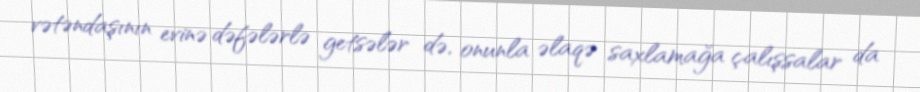
vətəndaşının evinə dəfələrlə getsələr də, onunla əlaqə saxlamağa çalışsalar da